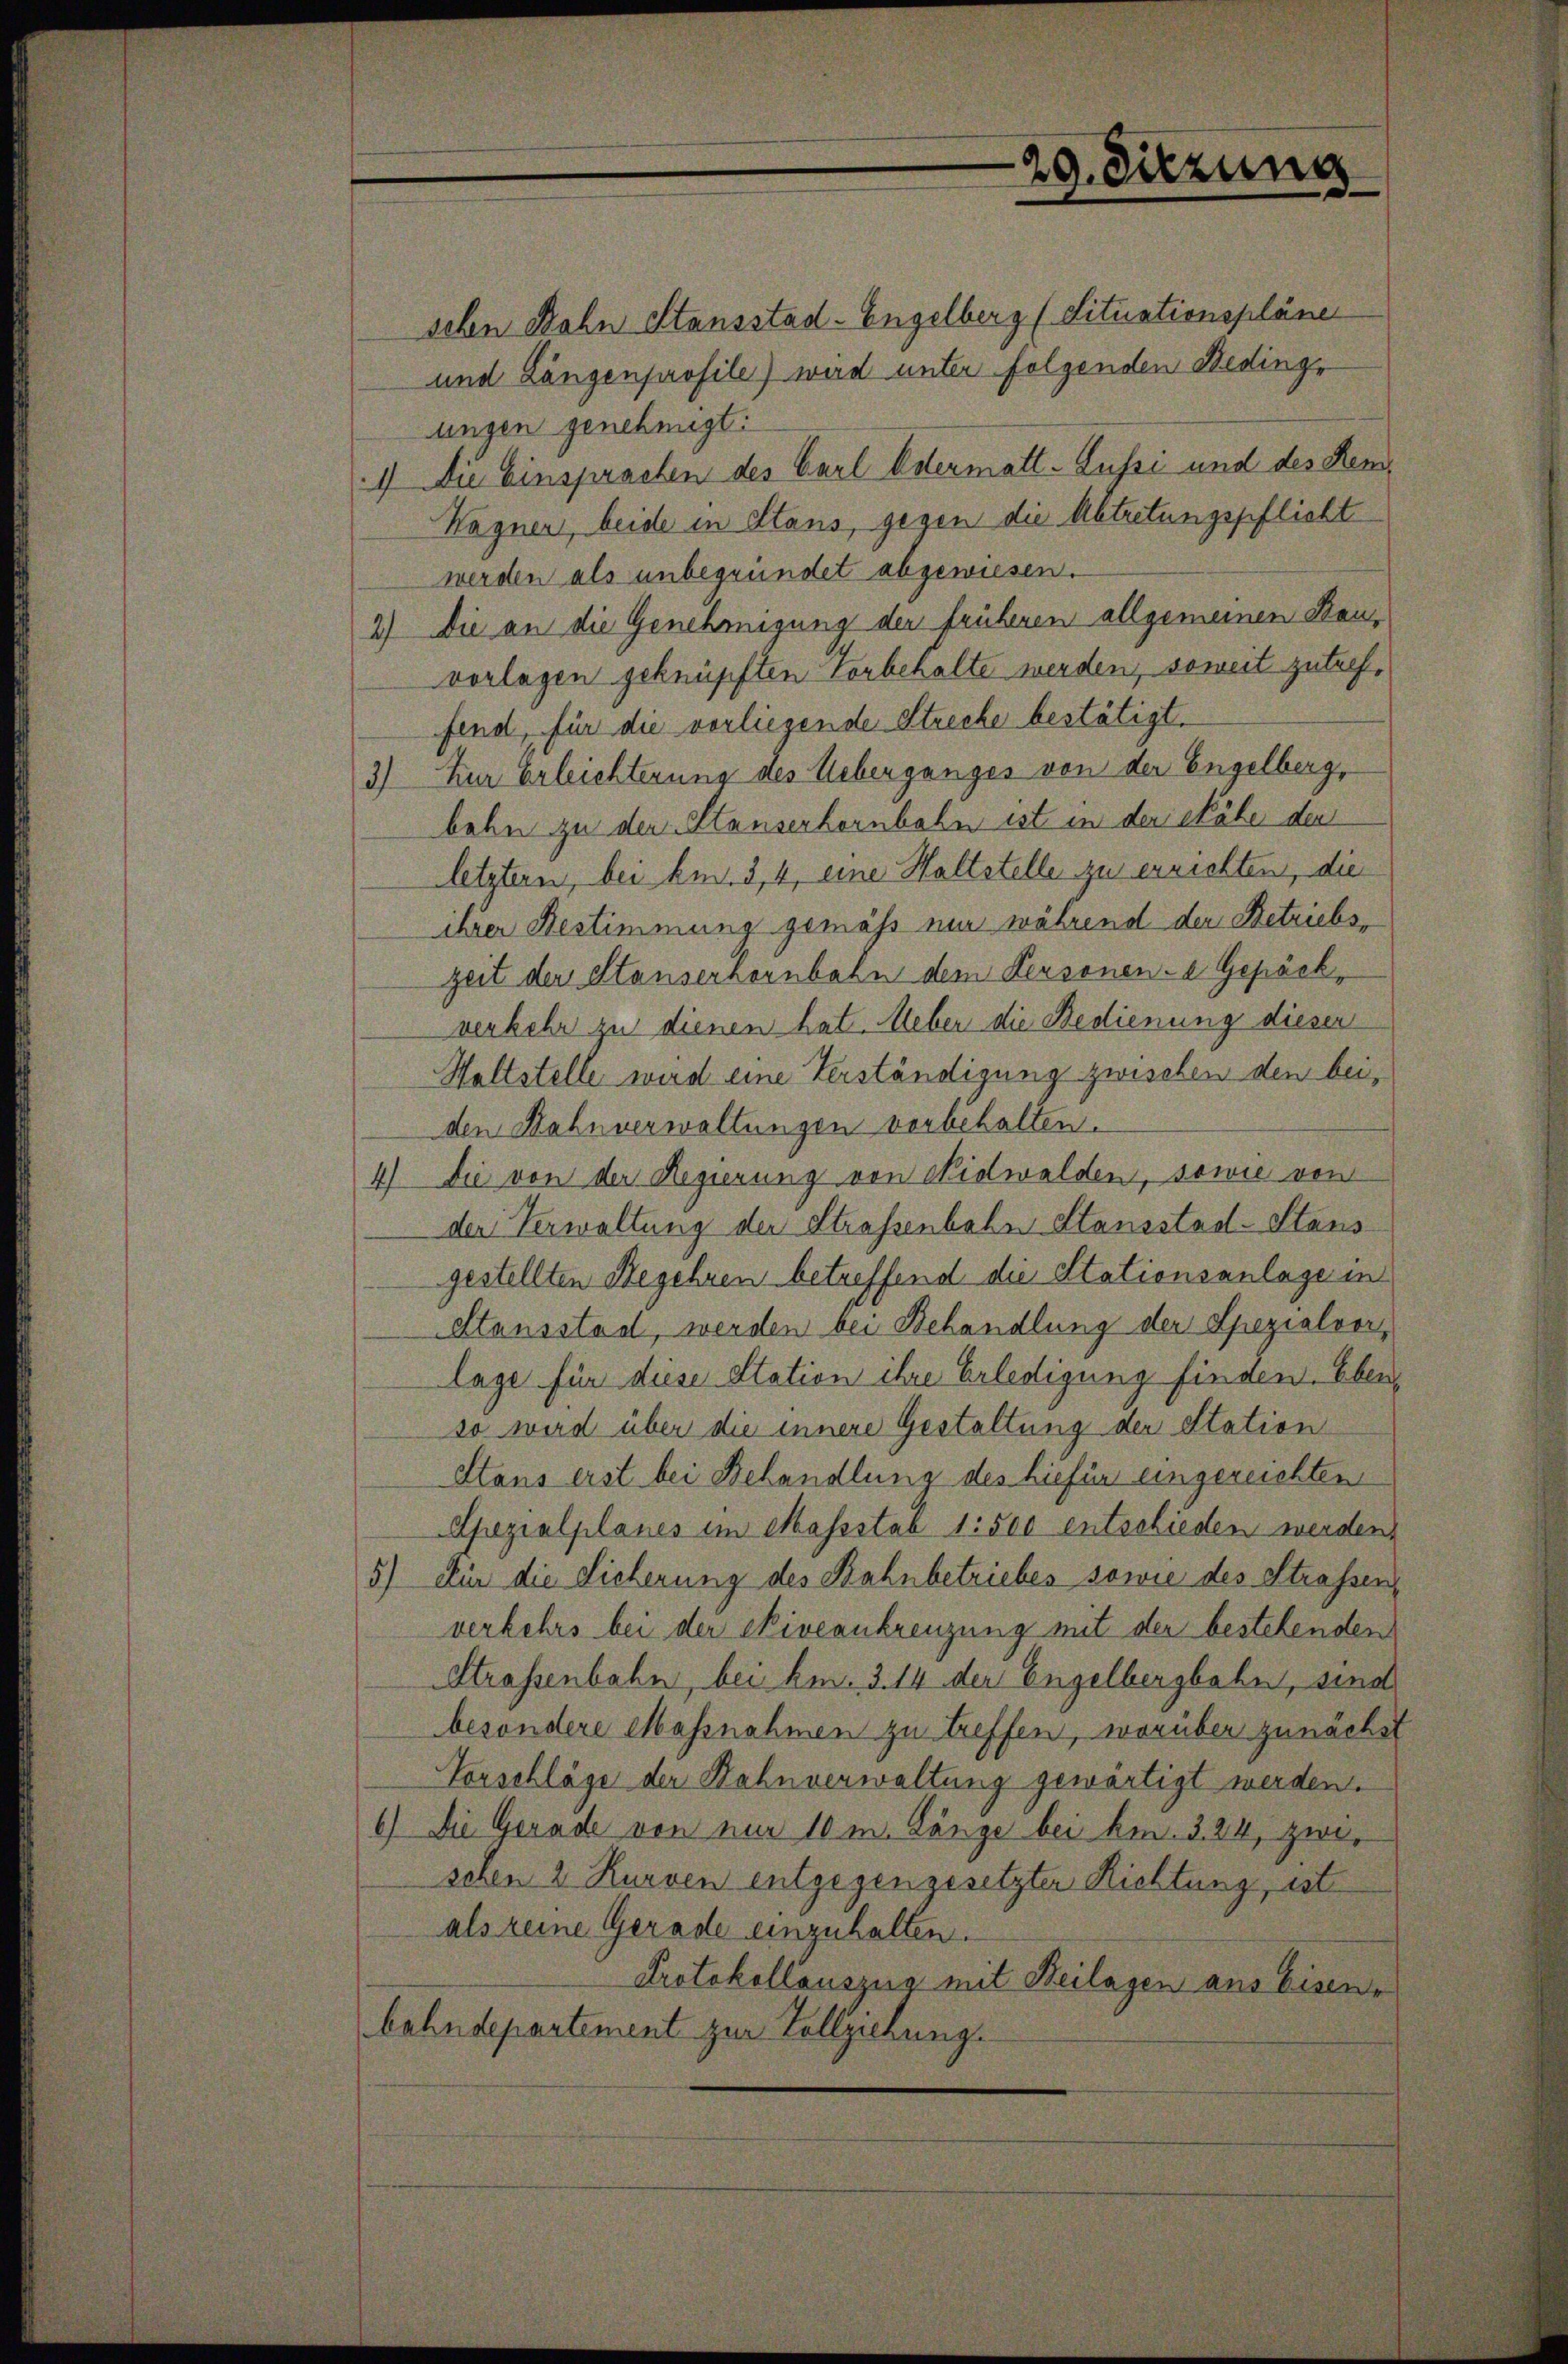
schen Bahn Stansstad-Engelberg (Situationspläne
und Längenprofile) wird unter folgenden Bedinge
ungen genehmigt.
1) Die Einsprachen des Carl Odermatt-Aussi und des Kem¬
Wagner, beide in Stans, gegen die Abtretungspflicht
werden als unbegründet abgewiesen.
2) Die an die Genehmigung der früheren allgemeinen Bauvorlagen geknüpften Vorbehalte werden, soweit zutreffend, für die vorliegende Strecke bestätigt.
3) Zur Erleichterung des Ueberganges von der Engelberg,
bahn zu den Stansenhornbahn ist in der Nähe den
letztern, bei bin. 3, 4, eine Haltstelle zu errichten, die
ihrer Bestimmung gemäss nur während der Betriebszeit der Stauserhornbahn dem Personen-a Gepäckverkehr zu dienen hat. Weber die Bedienung dieser
Haltstelle wird eine Verständigung zwischen den bei,
den Bahnverwaltungen vorbehalten.
4) Die von der Regierung von Nidwalden, sowie von
der Verwaltung der Strassenbahn Stansstad-Stans
gestellten Begehren betreffend die Stationsanlage in
Stausstad, werden bei Behandlung der Spezialvor
lage für diese Station ihre Erledigung finden. Eben
so wird über die innere Gestaltung der Station
Stans erst bei Behandlung des hiefür eingereichten
Spezialplanes im Massstab 1:500 entschieden werden,
5) Für die Sicherung des Bahnbetriebes sowie des Strafsen
verkehrs bei der Niveaukreuzung mit der bestehenden
Strassenbahn, bei Am. 3. 14 der Engelbergbahn, sind
besondere Massnahmen zu treffen, worüber zunächst
Vorschläge der Bahnverwaltung gewärtigt werden.
6) Die Gerade von nur 10 m Länge bei km. 324, zwischen 2 Kurven entgegengesetzter Richtung, ist
als keine Gerade einzuhalten.
Protokollauszug mit Beilagen aus Eisen-
bahndepartement zur Vollziehung.

29. Diezung